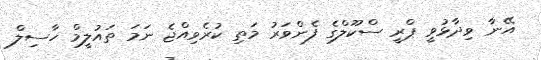
އޭނާ ވިދާޅުވީ ޕްރީ ސްކޫލްގެ ފެންވަރު މަތި ކުރެވިއްޖެ ނަމަ ތައުލީމް ހާސިލް